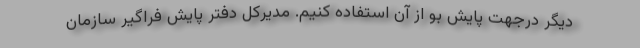
دیگر درجهت پایش بو از آن استفاده کنیم. مدیرکل دفتر پایش فراگیر سازمان